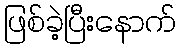
ဖြစ်ခဲ့ပြီးနောက်